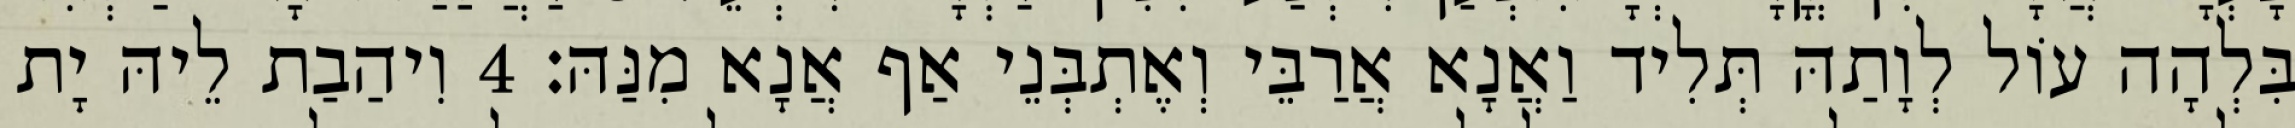
בִּלְהָה עוֹל לְוָתַהּ תְּלִיד וַאֲנָא אֲרַבֵּי וְאֶתְבְּנֵי אַף אֲנָא מִנַּהּ׃ 4 וִיהַבַת לֵיהּ יָת